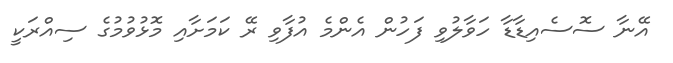
އޭނާ ސޮސެއިޑާޑާ ހަވާލުވި ފަހުން އެންމެ އުފާވި ރޭ ކަމަށާއި މޮޅުވުމުގެ ސިއްރަކީ